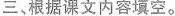
三、根据课文内容填空。